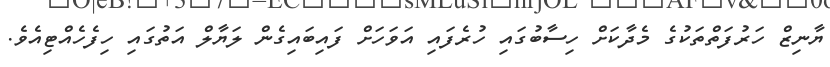
ޔާނިޒް ހަރުފަތްތަކުގެ މެދާކަށް ހިސާބުގައި ހުރެފައި އަވަހަށް ފައިބައިގެން ލަޔާލް އަތުގައި ހިފެހެއްޓިއެވެ.